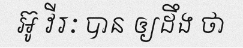
អ៊ូ វីរៈ បាន ឲ្យដឹង ថា